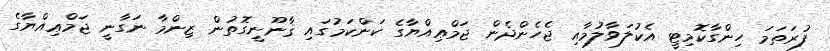
ފުރަތަމަ ހިންގާކޮމިޓީ އެކުލަވާލުމާއި ޖެހެންދެން ޖަމްޢިއްޔާގެ ކަންކަމުގައި ޤާނޫނީގޮތުން ޒިންމާ ނަގާނީ ޖަމްޢިއްޔާގެ